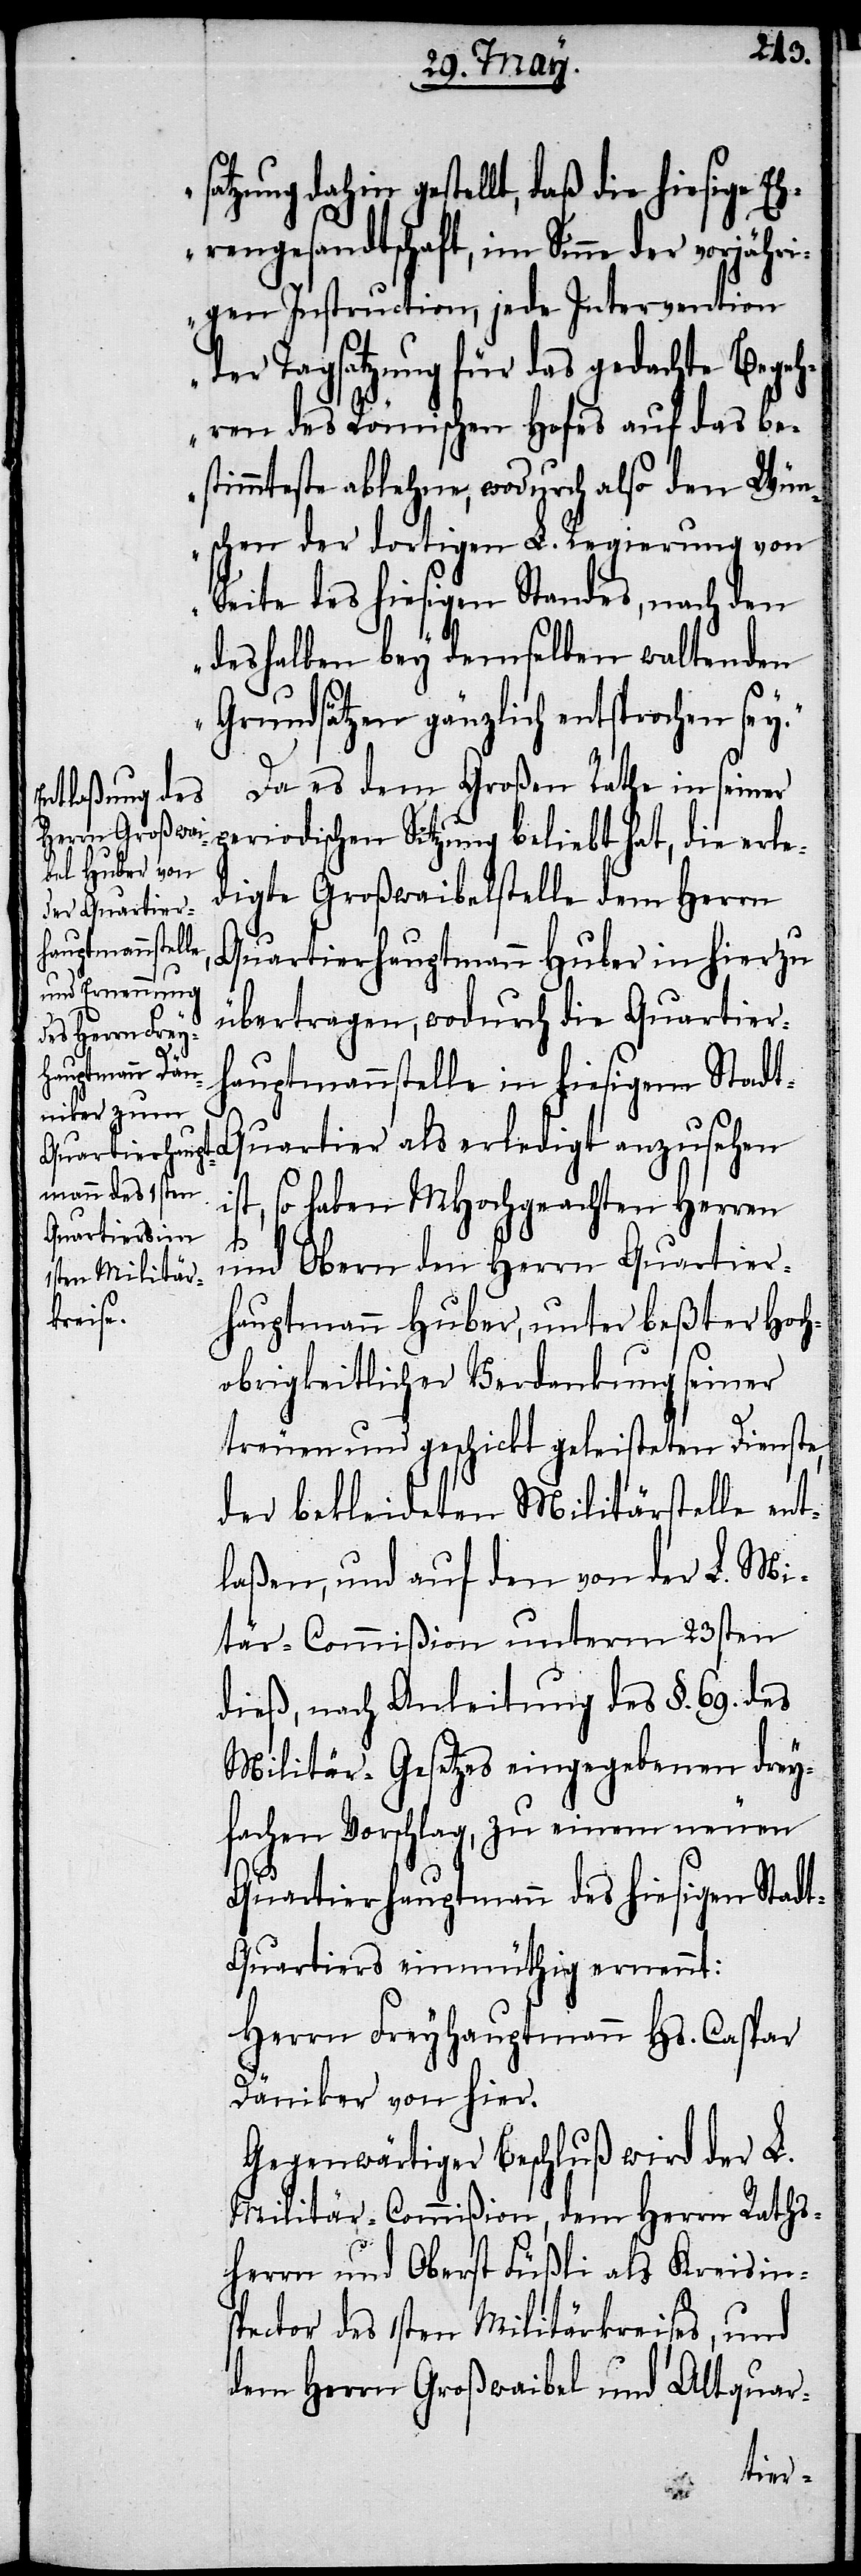
satzung dahin gestellt, daß die hiesige Eh¬
rengesandtschaft, im Sinne der
gen Instruction, jede Intervention
der Tagsatzung für das gedachte Begeh¬
ren des Römischen Hofes auf das be¬
stimmteste ablehne, wodurch also den Wün¬
schen der dortigen L. Regierung von
Seite des hiesigen Standes, nach den
deshalben bey demselben waltenden
Grundsätzen gänzlich entsprochen se¬
Da es dem Großen Rathe in seiner
periodischen Sitzung beliebt hat die erle¬
digte Großwaibelstelle dem Herrn
Quartierhauptmann Huber in hier zu
übertragen, wodurch die Quartier¬
sehen i¬
hauptmannstelle in hiesigem Stad¬
st, so haben MHochgeachten Herren
und Obern dem Herrn Quartier¬
hauptmann Huber, unter beßter Hoch¬
obrigkeitlicher Verdankung seiner
treuen und geschickt geleisteten Dienste,
der bekleideten Militärstelle ent¬
laßen, und auf den von der L. Mili¬
tär-Commißion unterm 23sten
dieß, nach Anleitung des §. 69. des
Militär-Gesetzes eingegebenen drey¬
fachen Vorschlag, zu einem neuen
Quartierhauptmann des hiesigen Stadt¬
quartiers einmüthig ernennt:
Herrn Freyhauptmann Hs. Caspar
Däniker von hier.
Gegenwärtiger Beschluß wird der L.
Militär-Commißion, dem Herrn Raths¬
herrn und Oberst Füßli als Kreisin¬
spector des 1sten Militärkreises, und
dem Herrn Großwaibel und Altquar-
y.“